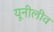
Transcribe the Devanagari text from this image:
यूनीलीव